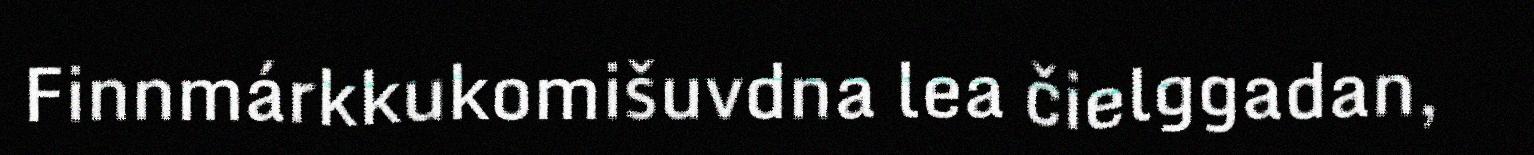
Finnmárkkukomišuvdna lea čielggadan,